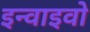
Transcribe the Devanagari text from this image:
इन्वाइवो